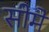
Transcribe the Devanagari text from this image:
सीमे